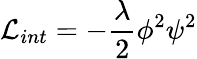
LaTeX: {\cal L}_{int}=-\frac{\lambda}{2}{\phi}^{2}{\psi}^{2}